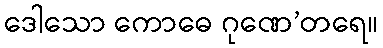
ဒေါသော ကောဓေ ဂုဏေ’တရေ။